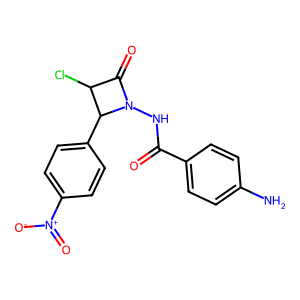
SMILES: Nc1ccc(C(=O)NN2C(=O)C(Cl)C2c2ccc([N+](=O)[O-])cc2)cc1
Inhibits HIV replication: No